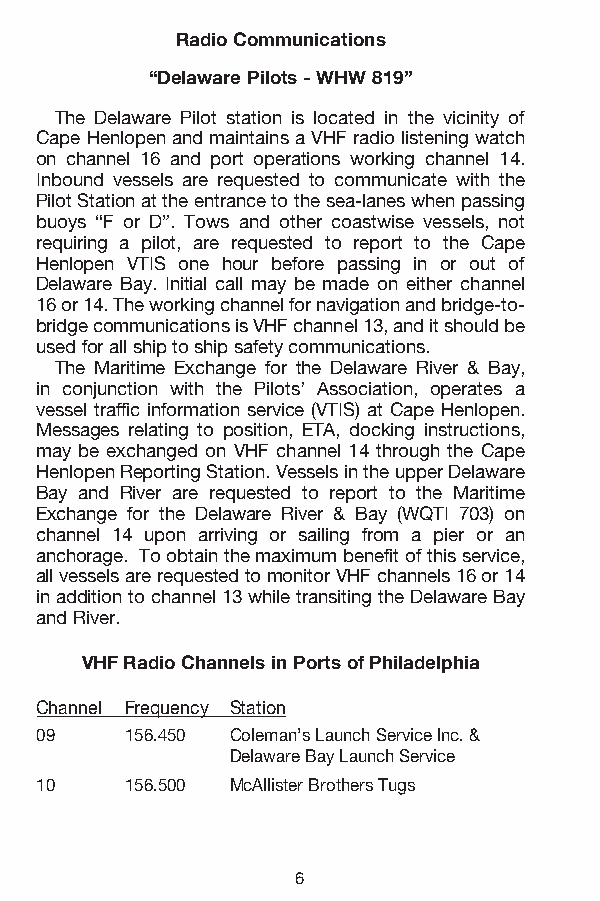
Radio Communications
 “Delaware Pilots - WHW 819”
 The Delaware Pilot station is located in the vicinity of
 Cape Henlopen and maintains a VHF radio listening watch
 on channel 16 and port operations working channel 14.
 Inbound vessels are requested to communicate with the
 Pilot Station at the entrance to the sea-lanes when passing
 buoys “F or D”. Tows and other coastwise vessels, not
 requiring a pilot, are requested to report to the Cape
 Henlopen VTIS one hour before passing in or out of
 Delaware Bay. Initial call may be made on either channel
 16 or 14. The working channel for navigation and bridge-to-
 bridge communications is VHF channel 13, and it should be
 used for all ship to ship safety communications.
 The Maritime Exchange for the Delaware River & Bay,
 in conjunction with the Pilots’ Association, operates a
 vessel traffic information service (VTIS) at Cape Henlopen.
 Messages relating to position, ETA, docking instructions,
 may be exchanged on VHF channel 14 through the Cape
 Henlopen Reporting Station. Vessels in the upper Delaware
 Bay and River are requested to report to the Maritime
 Exchange for the Delaware River & Bay (WQTI 703) on
 channel 14 upon arriving or sailing from a pier or an
 anchorage. To obtain the maximum benefit of this service,
 all vessels are requested to monitor VHF channels 16 or 14
 in addition to channel 13 while transiting the Delaware Bay
 and River.
 VHF Radio Channels in Ports of Philadelphia
 Channel Frequency Station
 09 156.450 Coleman’s Launch Service Inc. &
 Delaware Bay Launch Service
 10 156.500 McAllister Brothers Tugs
 6